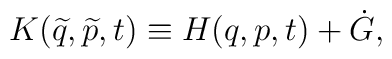
K(\widetilde{q},\widetilde{p},t) \equiv H(q,p,t) + \dot{G},